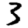
Digit: 3